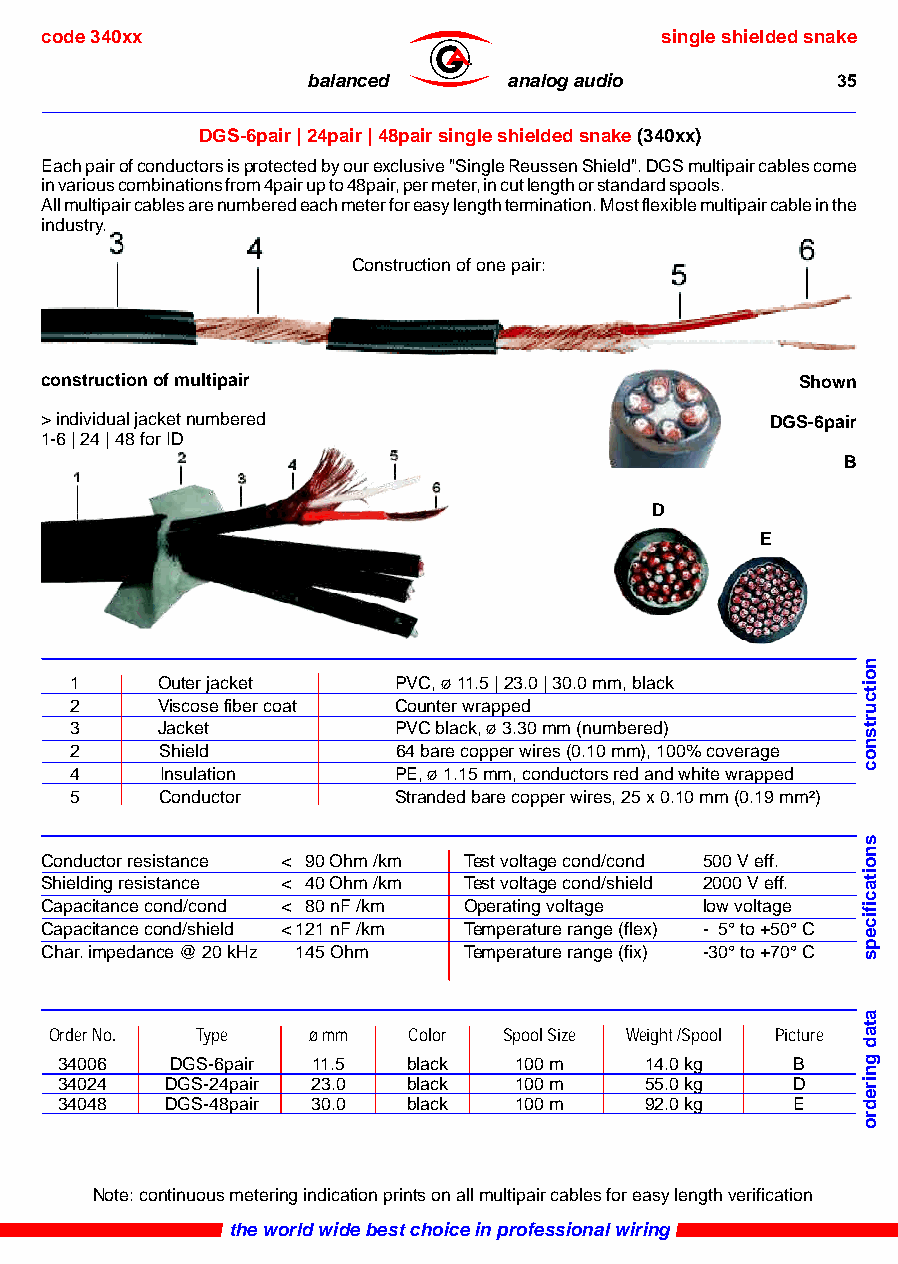
code 340xx                               single shielded snake
 ®
 balanced      analog audio         35
 DGS-6pair | 24pair | 48pair single shielded snake (340xx)
 Each pair of conductors is protected by our exclusive "Single Reussen Shield". DGS multipair cables come
 in various combinations from 4pair up to 48pair, per meter, in cut length or standard spools.
 All multipair cables are numbered each meter for easy length termination. Most flexible multipair cable in the
 industry.
 Construction of one pair:
 construction of multipair                         Shown
 > individual jacket numbered                    DGS-6pair
 1-6 | 24 | 48 for ID
 B
 D
 E
 1    Outer jacket    PVC, ø 11.5 | 23.0 | 30.0 mm, black
 2    Viscose fiber coat Counter wrapped
 3    Jacket          PVC black, ø 3.30 mm (numbered)
 2     Shield         64 bare copper wires (0.10 mm), 100% coverage
 4     Insulation     PE, ø 1.15 mm, conductors red and white wrapped
 5     Conductor      Stranded bare copper wires, 25 x 0.10 mm (0.19 mm²)
 Conductor resistance < 90 Ohm /km Test voltage cond/cond 500 V eff.
 Shielding resistance < 40 Ohm /km Test voltage cond/shield 2000 V eff.
 Capacitance cond/cond < 80 nF /km Operating voltage low voltage
 Capacitance cond/shield < 121 nF /km Temperature range (flex) - 5° to +50° C
 Char. impedance @ 20 kHz 145 Ohm Temperature range (fix) -30° to +70° C
 Order No. Type   ø mm   Color Spool Size Weight /Spool Picture
 34006  DGS-6pair 11.5  black  100 m    14.0 kg   B
 34024  DGS-24pair 23.0 black  100 m    55.0 kg  D
 34048  DGS-48pair 30.0 black  100 m    92.0 kg   E
 Note: continuous metering indication prints on all multipair cables for easy length verification
 the world wide best choice in professional wiring
 noitcurtsnoc
 snoitacificeps
 atad
 gniredro